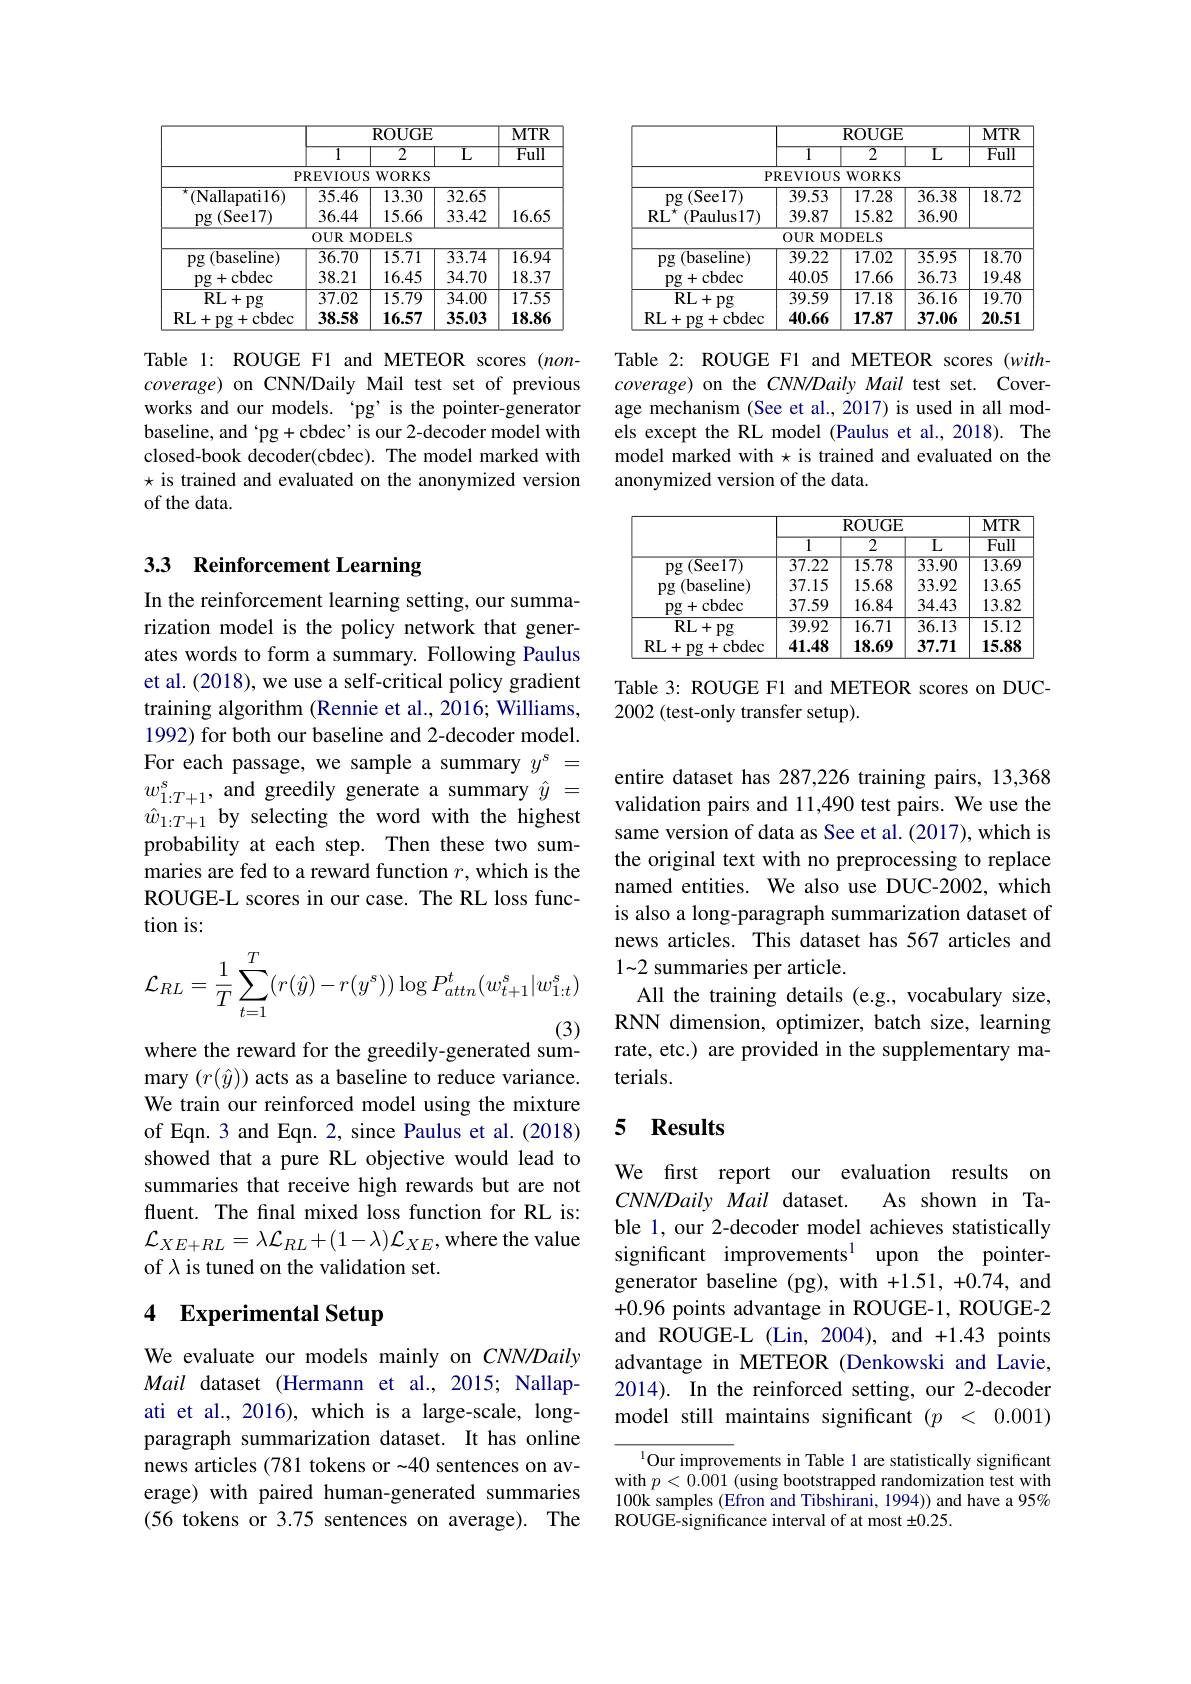
<table>
	<tbody>
		<tr>
			<th> </th>
			<th> </th>
			<th>ROUGE</th>
			<th> </th>
			<th>$\overline{\mathrm{MTR}}$</th>
		</tr>
		<tr>
			<th> </th>
			<th>$\overline{1}$</th>
			<th>$\overline{2}$</th>
			<th>${\mathrm{L}}$</th>
			<th>Full</th>
		</tr>
		<tr>
			<td>$P$</td>
			<td>REVIOUS</td>
			<td>$WORKS$</td>
			<td> </td>
			<td> </td>
		</tr>
		<tr>
			<td>(Nallapati16)</td>
			<td>35.46</td>
			<td>13.30</td>
			<td>32.65</td>
			<td> </td>
		</tr>
		<tr>
			<td>$pg$ (See17)</td>
			<td>36.44</td>
			<td>15.66</td>
			<td>33.42</td>
			<td>16.65</td>
		</tr>
		<tr>
			<td> </td>
			<td>$0UR$ $MC$</td>
			<td>) DELS</td>
			<td> </td>
			<td> </td>
		</tr>
		<tr>
			<td>(baseline) $pg$</td>
			<td>36.70</td>
			<td>15.71</td>
			<td>33.74</td>
			<td>$\overline{16.94}$</td>
		</tr>
		<tr>
			<td>+cbdec $pg$ -</td>
			<td>38.21</td>
			<td>16.45</td>
			<td>34.70</td>
			<td>18.37</td>
		</tr>
		<tr>
			<td>RL+pg</td>
			<td>37.02</td>
			<td>15.79</td>
			<td>34.00</td>
			<td>17.55</td>
		</tr>
		<tr>
			<td>RL+pg+cbdec</td>
			<td>38.58</td>
			<td>16.57</td>
			<td>35.03</td>
			<td>18.86</td>
		</tr>
	</tbody>
</table>

Table 1: ROUGE F1 and METEOR scores (noncoverage) on CNN/Daily Mail test set of previous works and our models. 'pg'is the pointer-generator baseline, and‘pg+cbdec’is our 2-decoder model with closed-book decoder(cbdec). The model marked with $\star$ is trained and evaluated on the anonymized version of the data.

# 33 Reinforcement Learning

In the reinforcement learning setting, our summarization model is the policy network that generates words to form a summary. Following Paulus et al. (2018), we use a self-critical policy gradient training algorithm (Rennie et al., 2016; Williams, 1992) for both our baseline and 2-decoder model. For each passage, we sample a summary $y^\mathrm{s}=$ $w_{\hat{1}:T+1}^{s}$,and greedily generate a summary $\hat{y}=$ $\hat{w}_{1:T+1}$ by selecting the word with the highest probability at each step. Then these two summaries are fed to a reward function $r$, which is the ROUGE-L scores in our case. The RL loss function is:
$$\mathcal{L}_{RL}=\frac{1}{T}\sum_{t=1}^{T}(r(\hat{y})-r(y^{s}))\log P_{attn}^{t}(w_{t+1}^{s}|w_{1:t}^{s})$$
where the reward for the greedily-generated sum-

mary $(r(\hat{y}))$ acts as a baseline to reduce variance. We train our reinforced model using the mixture of Eqn. 3 and Eqn. 2, since Paulus et al.(2018) showed that a pure RL objective would lead to summaries that receive high rewards but are not fluent. The final mixed loss function for RL is: $\mathcal{L}_{XE+RL}=\lambda\mathcal{L}_{RL}+(1-\lambda)\mathcal{L}_{XE}$,where the value of $\lambda$ is tuned on the validation set.

## 4 Experimental Setup

We evaluate our models mainly on CNN/Daily Mail dataset (Hermann et al., 2015; Nallapati et al., 2016), which is a large-scale, longparagraph summarization dataset. It has online news articles (781 tokens or -40 sentences on average) with paired human-generated summaries (56 tokens or 3.75 sentences on average). The

<table>
	<tbody>
		<tr>
			<th> </th>
			<th> </th>
			<th>ROUGE</th>
			<th> </th>
			<th>$\overline{\mathrm{MTR}}$</th>
		</tr>
		<tr>
			<th> </th>
			<th>1</th>
			<th>$\overline{2}$</th>
			<th>$\overline{\mathrm{L}}$</th>
			<th>Full</th>
		</tr>
		<tr>
			<td>$P$</td>
			<td>REVIOUS</td>
			<td>WORKS</td>
			<td> </td>
			<td> </td>
		</tr>
		<tr>
			<td>(See17) $pg$</td>
			<td>39.53</td>
			<td>17.28</td>
			<td>36.38</td>
			<td>18.72</td>
		</tr>
		<tr>
			<td>$RL$ (Paulus17)</td>
			<td>39.87</td>
			<td>15.82</td>
			<td>36.90</td>
			<td> </td>
		</tr>
		<tr>
			<td> </td>
			<td>$0UR$ $MO$</td>
			<td>) DELS</td>
			<td> </td>
			<td> </td>
		</tr>
		<tr>
			<td>(baseline) $pg$</td>
			<td>39.22</td>
			<td>17.02</td>
			<td>35.95</td>
			<td>18.70</td>
		</tr>
		<tr>
			<td>pg+ cbdec</td>
			<td>40.05</td>
			<td>17.66</td>
			<td>36.73</td>
			<td>19.48</td>
		</tr>
		<tr>
			<td>RL+ pg</td>
			<td>39.59</td>
			<td>17.18</td>
			<td>36.16</td>
			<td>19.70</td>
		</tr>
		<tr>
			<td>RL+pg+cbdec</td>
			<td>40.66</td>
			<td>17.87</td>
			<td>37.06</td>
			<td>20.51</td>
		</tr>
	</tbody>
</table>

Table 2: ROUGE F1 and METEOR scores (withcoverage) on the CNN/Daily Mail test set. Coverage mechanism (See et al., 2017) is used in all models except the RL model (Paulus et al.,2018). The model marked with $\star$ is trained and evaluated on the anonymized version of the data.

<table>
	<tbody>
		<tr>
			<th> </th>
			<th colspan="3">ROUGE</th>
			<th rowspan="2">$MTR$ $\overline{Full}$</th>
		</tr>
		<tr>
			<th> </th>
			<th>$\overline{1}$</th>
			<th>$\overline{2}$</th>
			<th>$\overline{\mathrm{L}}$</th>
		</tr>
		<tr>
			<td>$(\mathbf{See}17)$ $pg($</td>
			<td>$\overline{37.22}$</td>
			<td>15.78</td>
			<td>$\overline{33.90}$</td>
			<td>$\overline{13.6\zeta}$</td>
		</tr>
		<tr>
			<td>(baseline) $pg$</td>
			<td>37.15</td>
			<td>15.68</td>
			<td>33.92</td>
			<td>13.65</td>
		</tr>
		<tr>
			<td>pg+ cbdec</td>
			<td>37.59</td>
			<td>16.84</td>
			<td>34.43</td>
			<td>13.82</td>
		</tr>
		<tr>
			<td>RL+ pg</td>
			<td>39.92</td>
			<td>16.71</td>
			<td>36.13</td>
			<td>$\overline{15.12}$</td>
		</tr>
		<tr>
			<td>RL+pg+cbdec</td>
			<td>41.48</td>
			<td>18.69</td>
			<td>37.71</td>
			<td>15.88</td>
		</tr>
	</tbody>
</table>

Table 3: ROUGE F1 and METEOR scores on DUC-
2002 (test-only transfer setup).

entire dataset has 287,226 training pairs, 13,368 validation pairs and 11,490 test pairs. We use the same version of data as See et al. (2017), which is the original text with no preprocessing to replace named entities. We also use DUC-2002, which is also a long-paragraph summarization dataset of news articles. This dataset has 567 articles and 1~2 summaries per article.
All the training details (e.g., vocabulary size, RNN dimension, optimizer, batch size, learning rate, etc.) are provided in the supplementary materials.

### 5 $\mathbf{Results}$

We first report our evaluation results on
$CNN/DailyMail$ dataset.
As shown in Ta-
ble 1, our 2-decoder model achieves statistically significant improvements$^{1}$ upon the pointergenerator baseline (pg), with +1.51,+0.74, and +0.96 points advantage in ROUGE-1, ROUGE-2 and ROUGE-L (Lin, 2004), and +1.43 points advantage in METEOR (Denkowski and Lavie, 2014). In the reinforced setting, our 2-decoder model still maintains significant $( p$ < 0.001)

$^{1}$Our improvements in Table 1 are statistically significant with $p<0.001$ (using bootstrapped randomization test with 100k samples (Efron and Tibshirani, 1994)) and have a 95% ROUGE-significance interval of at most $\pm0.25.$